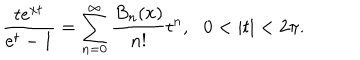
\frac { t e ^ { x t } } { e ^ { t } - 1 } = \sum _ { n = 0 } ^ { \infty } \frac { B _ { n } ( x ) } { n ! } t ^ { n } , \, \, \, \, 0 < | t | < 2 \pi .